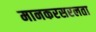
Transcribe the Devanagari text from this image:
मानकरसरलता